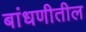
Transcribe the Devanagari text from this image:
बांधणीतील